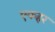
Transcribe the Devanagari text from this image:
एकहर